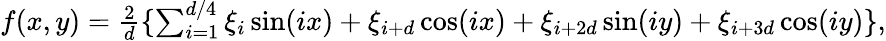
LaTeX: \begin{array}{r}{f(x,y)=\frac{2}{d}\{ \sum_{i=1}^{d/4}\xi_{i}\sin(ix)+\xi_{i+d}\cos(ix)+\xi_{i+2d}\sin(iy)+\xi_{i+3d}\cos(iy)\} ,}\end{array}